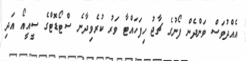
އެއްދުވަސް ވަންދެން ފޯނުގެ ޗާޖު ހިފަހައްޓާ ވަރު ކުރެވިދާނެ ސްޓޯޑޮޓްގެ ސީއީއޯ އަދި